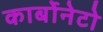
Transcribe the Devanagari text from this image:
कार्बोनेटो